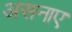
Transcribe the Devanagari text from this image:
असनाए